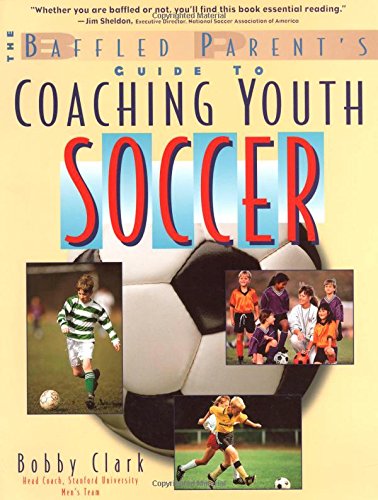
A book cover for The Baffled Parent's Guide to Coaching Youth Soccer; Bobby Clark; Sports & Outdoors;